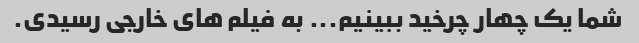
شما یک چهار چرخید ببینیم... به فیلم های خارجی رسیدی.